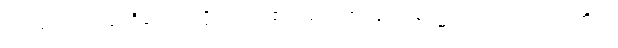
မလုံသော တံခါးရှိသော ပုဂ္ဂိုလ်မည်၏။ ဘောဇနေ၊ အစာ၌။ အမတ္တညူ၊ အတိုင်း